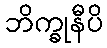
ဘိက္ခုနီပိ